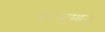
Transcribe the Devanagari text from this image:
वारसास्थळे